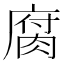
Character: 腐